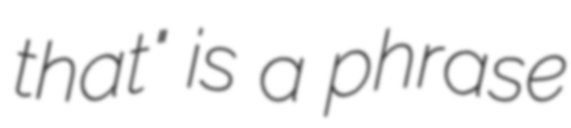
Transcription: that" is a phrase